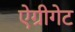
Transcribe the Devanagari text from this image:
ऐग्रीगेट